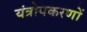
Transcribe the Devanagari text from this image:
यंत्रोपकरणों